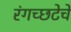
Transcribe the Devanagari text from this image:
रंगच्‍छटेचे